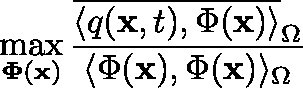
\operatorname* { m a x } _ { \mathbf { \Phi ( \mathbf { x } ) } } \frac { \overline { { \langle q ( \mathbf { x } , t ) , \Phi ( \mathbf { x } ) \rangle } } _ { \Omega } } { \langle \Phi ( \mathbf { x } ) , \Phi ( \mathbf { x } ) \rangle _ { \Omega } }